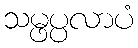
သမ္ဖပ္ပလာပံ